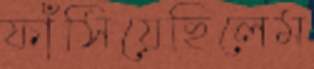
ফাঁসিয়েছিলেম